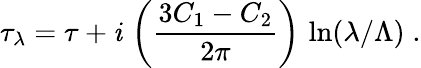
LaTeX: \tau_{\lambda}=\tau+\mathit{i}\, \left(\frac{{3C_{1}-C_{2}}}{{2\pi}}\right)\, \ln(\lambda/\Lambda)\; .